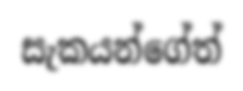
සැකයන්ගේත්